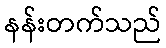
နန်းတက်သည်